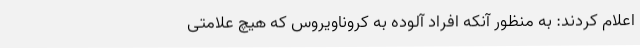
اعلام کردند: به منظور آنکه افراد آلوده به کروناویروس که هیچ علامتی